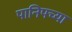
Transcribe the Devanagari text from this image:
पानिपच्या